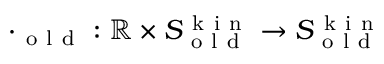
\cdot _ { \mathrm { ~ o ~ l ~ d ~ } } : \mathbb { R } \times S _ { \mathrm { ~ o ~ l ~ d ~ } } ^ { \mathrm { ~ k ~ i ~ n ~ } } \to S _ { \mathrm { ~ o ~ l ~ d ~ } } ^ { \mathrm { ~ k ~ i ~ n ~ } }